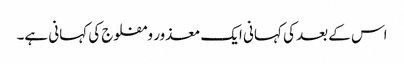
اس کے بعد کی کہانی ایک معذور و مفلوج کی کہانی ہے۔